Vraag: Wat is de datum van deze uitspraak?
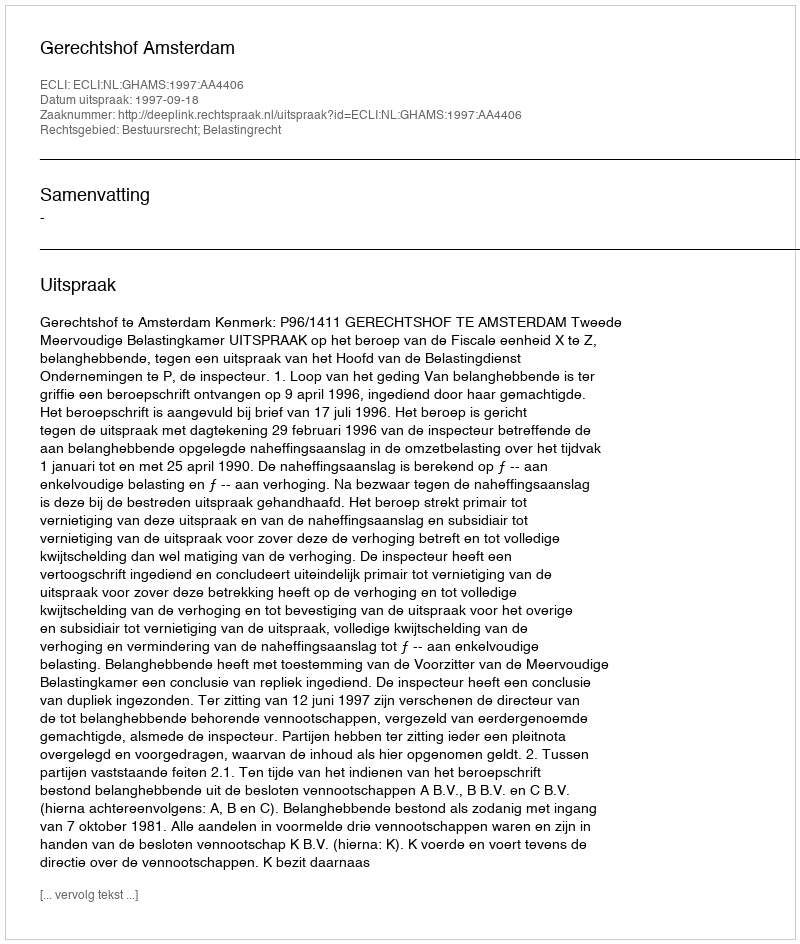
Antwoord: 1997-09-18